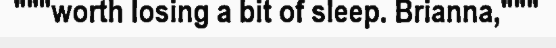
"""worth losing a bit of sleep. Brianna,"""